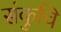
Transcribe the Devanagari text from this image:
संकुचि